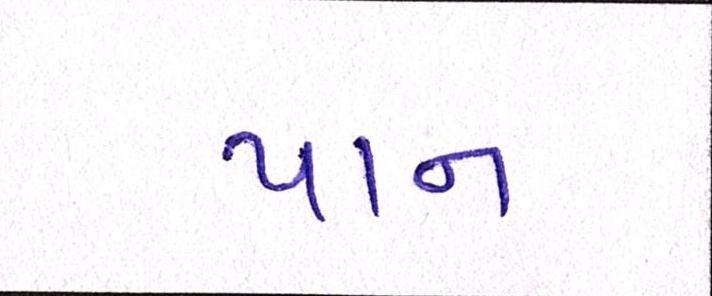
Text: પાન